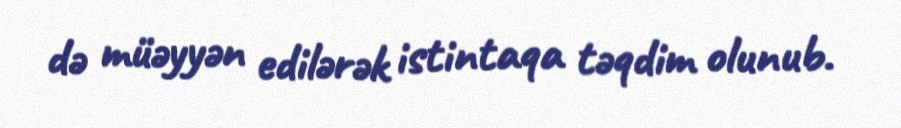
də müəyyən edilərək istintaqa təqdim olunub.